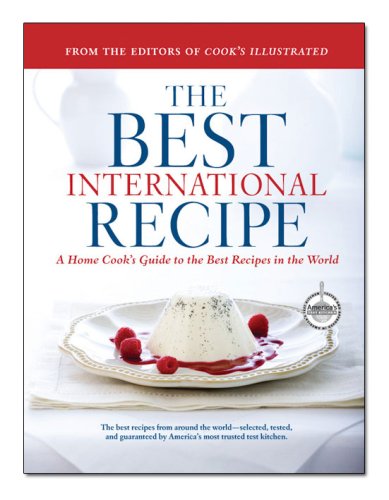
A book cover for The Best International Recipe; Cookbooks, Food & Wine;